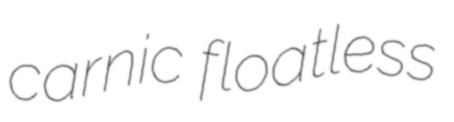
carnic floatless